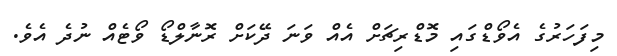
މިފަހަރުގެ އެވޯޑްގައި މޮޑްރިޗަށް އެއް ވަނަ ދޭކަށް ރޮނާލްޑޯ ވޯޓެއް ނުދެ އެވެ.